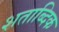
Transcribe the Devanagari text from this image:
शताब्दिक